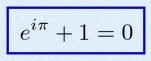
e^{i\pi}+1=0